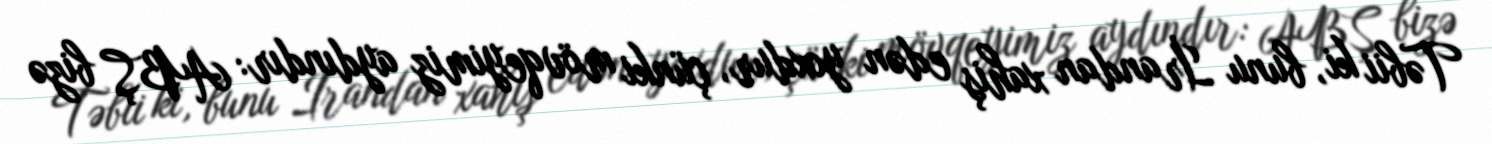
Təbii ki, bunu İrandan xahiş edən yoxdur, çünki mövqeyimiz aydındır: ABŞ bizə